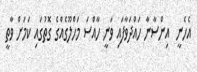
އެހެނީ  އިންސާނާ ހައްދަވާފައި ވަނީ ހާއްސަ މަހްލޫގެއްގެ ގޮތުގައި ކަމަށް ވާތީ